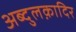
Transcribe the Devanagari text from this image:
अब्दुलक़ादिर